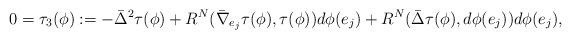
LaTeX: \begin{align*}0=\tau_3(\phi):=-\bar\Delta^2\tau(\phi)+ R^N(\bar\nabla_{e_j}\tau(\phi),\tau(\phi))d\phi(e_j)+R^N(\bar\Delta\tau(\phi),d\phi(e_j))d\phi(e_j),\end{align*}